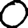
Digit: 0